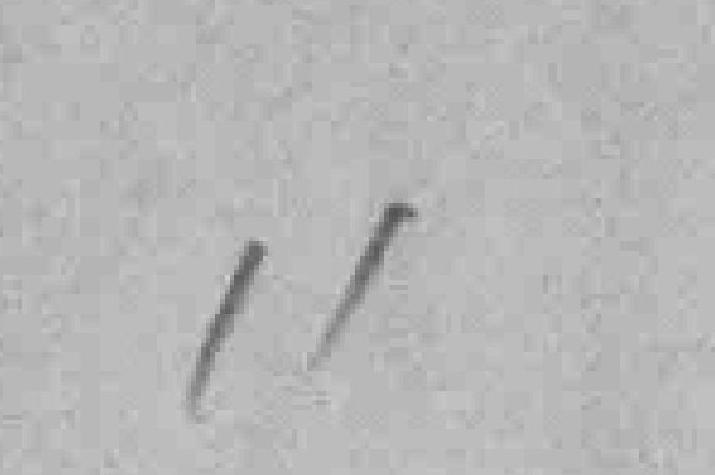
11